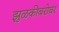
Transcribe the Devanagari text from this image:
झुळकीबरोबर